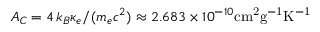
A _ { C } = 4 \, k _ { B } \kappa _ { e } / ( m _ { e } c ^ { 2 } ) \approx 2 . 6 8 3 \times 1 0 ^ { - 1 0 } \mathrm { c m ^ { 2 } g ^ { - 1 } K ^ { - 1 } }